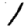
Digit: 1